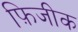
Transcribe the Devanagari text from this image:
फ़िजीक